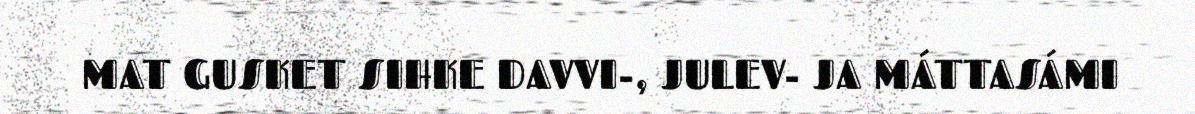
MAT GUSKET SIHKE DAVVI-, JULEV- JA MÁTTASÁMI